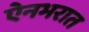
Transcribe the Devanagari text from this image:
ऐनभरात